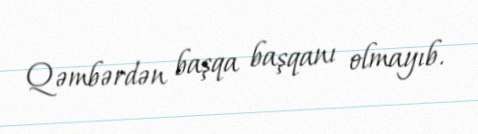
Qəmbərdən başqa başqanı olmayıb.